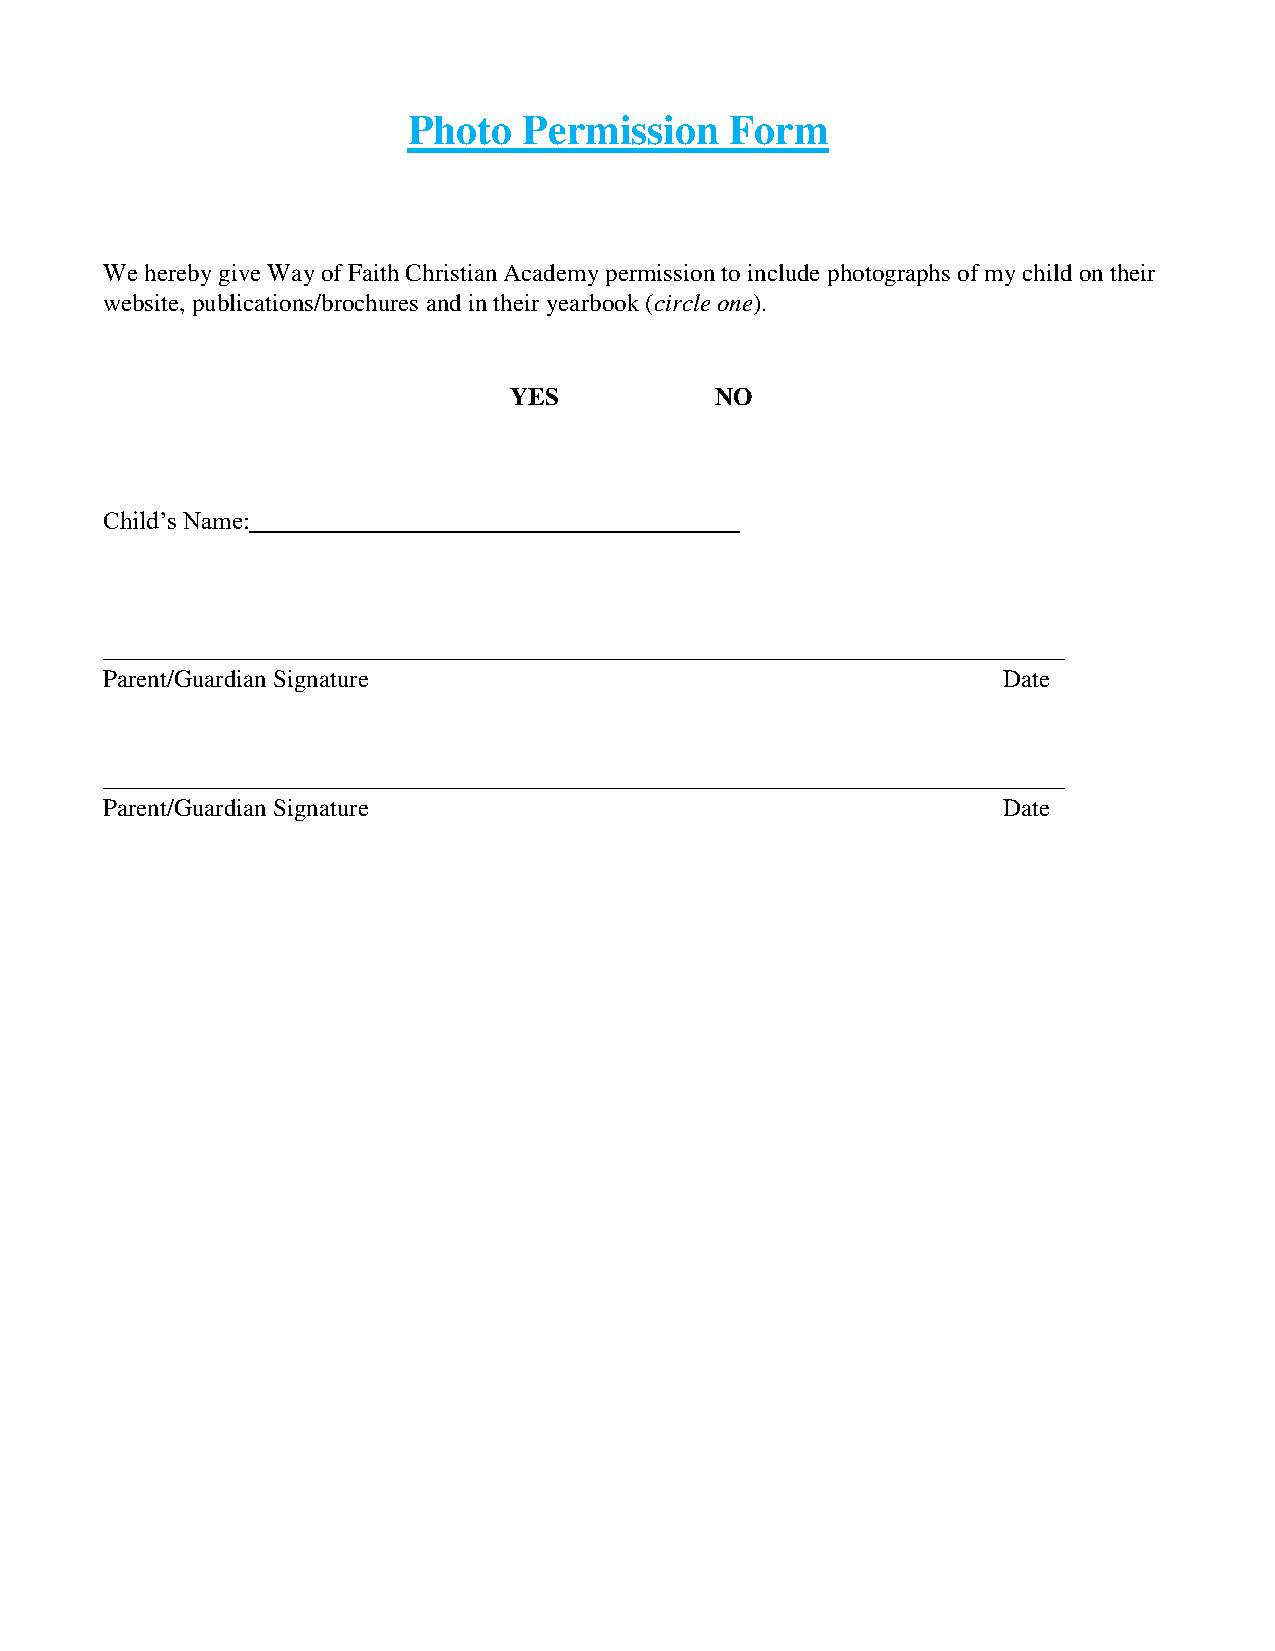
Photo   Permission   Form
 We hereby give Way of Faith Christian Academy permission to include photographs of my child on their
 website, publications/brochures and in their yearbook (circle one).
 YES          NO
 Child’s Name:
 Parent/Guardian Signature                                  Date
 Parent/Guardian Signature                                  Date